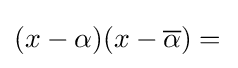
\textstyle (x-\alpha )(x-{\overline {\alpha }})={}\!